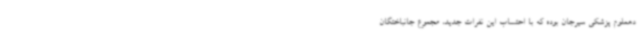
دهعلوم پزشکی سیرجان بوده که با احتساب این نفرات جدید، مجموع جانباختگان